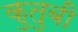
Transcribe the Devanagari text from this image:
कुतुबी